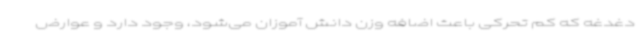
دغدغه که کم تحرکی باعث اضافه وزن دانش آموزان می‌شود، وجود دارد و عوارض